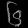
Digit: ၆